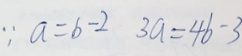
\because a = b - 2 3 a = 4 b - 3